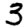
Digit: 3